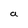
Character: a